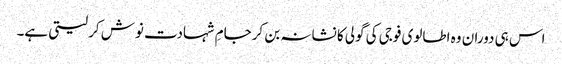
اس ہی دوران وہ اطالوی فوجی کی گولی کا نشانہ بن کرجامِ شہادت نوش کر لیتی ہے۔